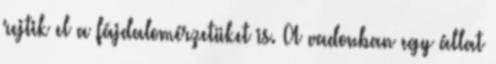
rejtik el a fájdalomérzetüket is. A vadonban egy állat